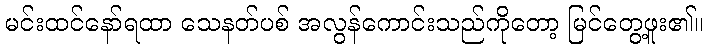
မင်းထင်နော်ရထာ သေနတ်ပစ် အလွန်ကောင်းသည်ကိုတော့ မြင်တွေ့ဖူး၏။